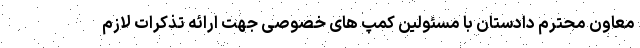
معاون محترم دادستان با مسئولین کمپ های خصوصی جهت ارائه تذکرات لازم